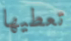
تعطيها